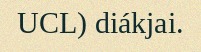
UCL) diákjai.